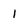
Character: l